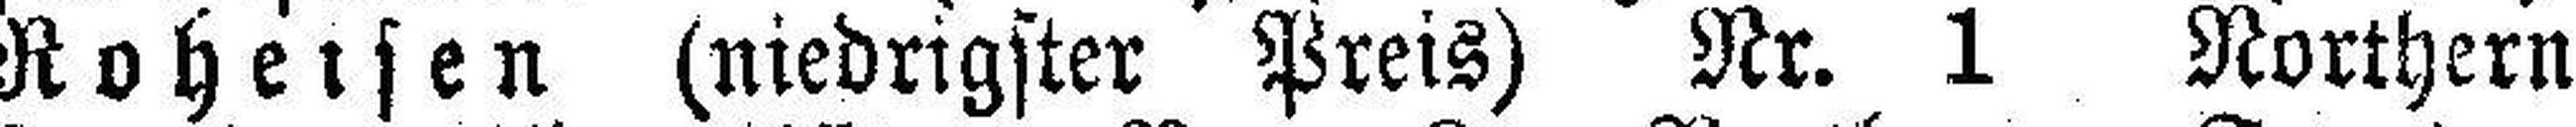
Roheisen (niedrigster Preis) Nr. 1 Northern